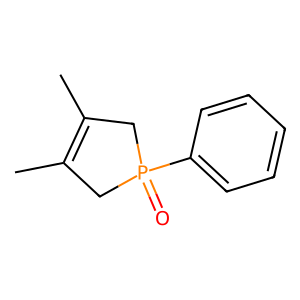
SMILES: CC1=C(C)CP(=O)(c2ccccc2)C1
Inhibits HIV replication: No